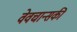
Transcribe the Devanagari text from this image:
वेवचान्सकी